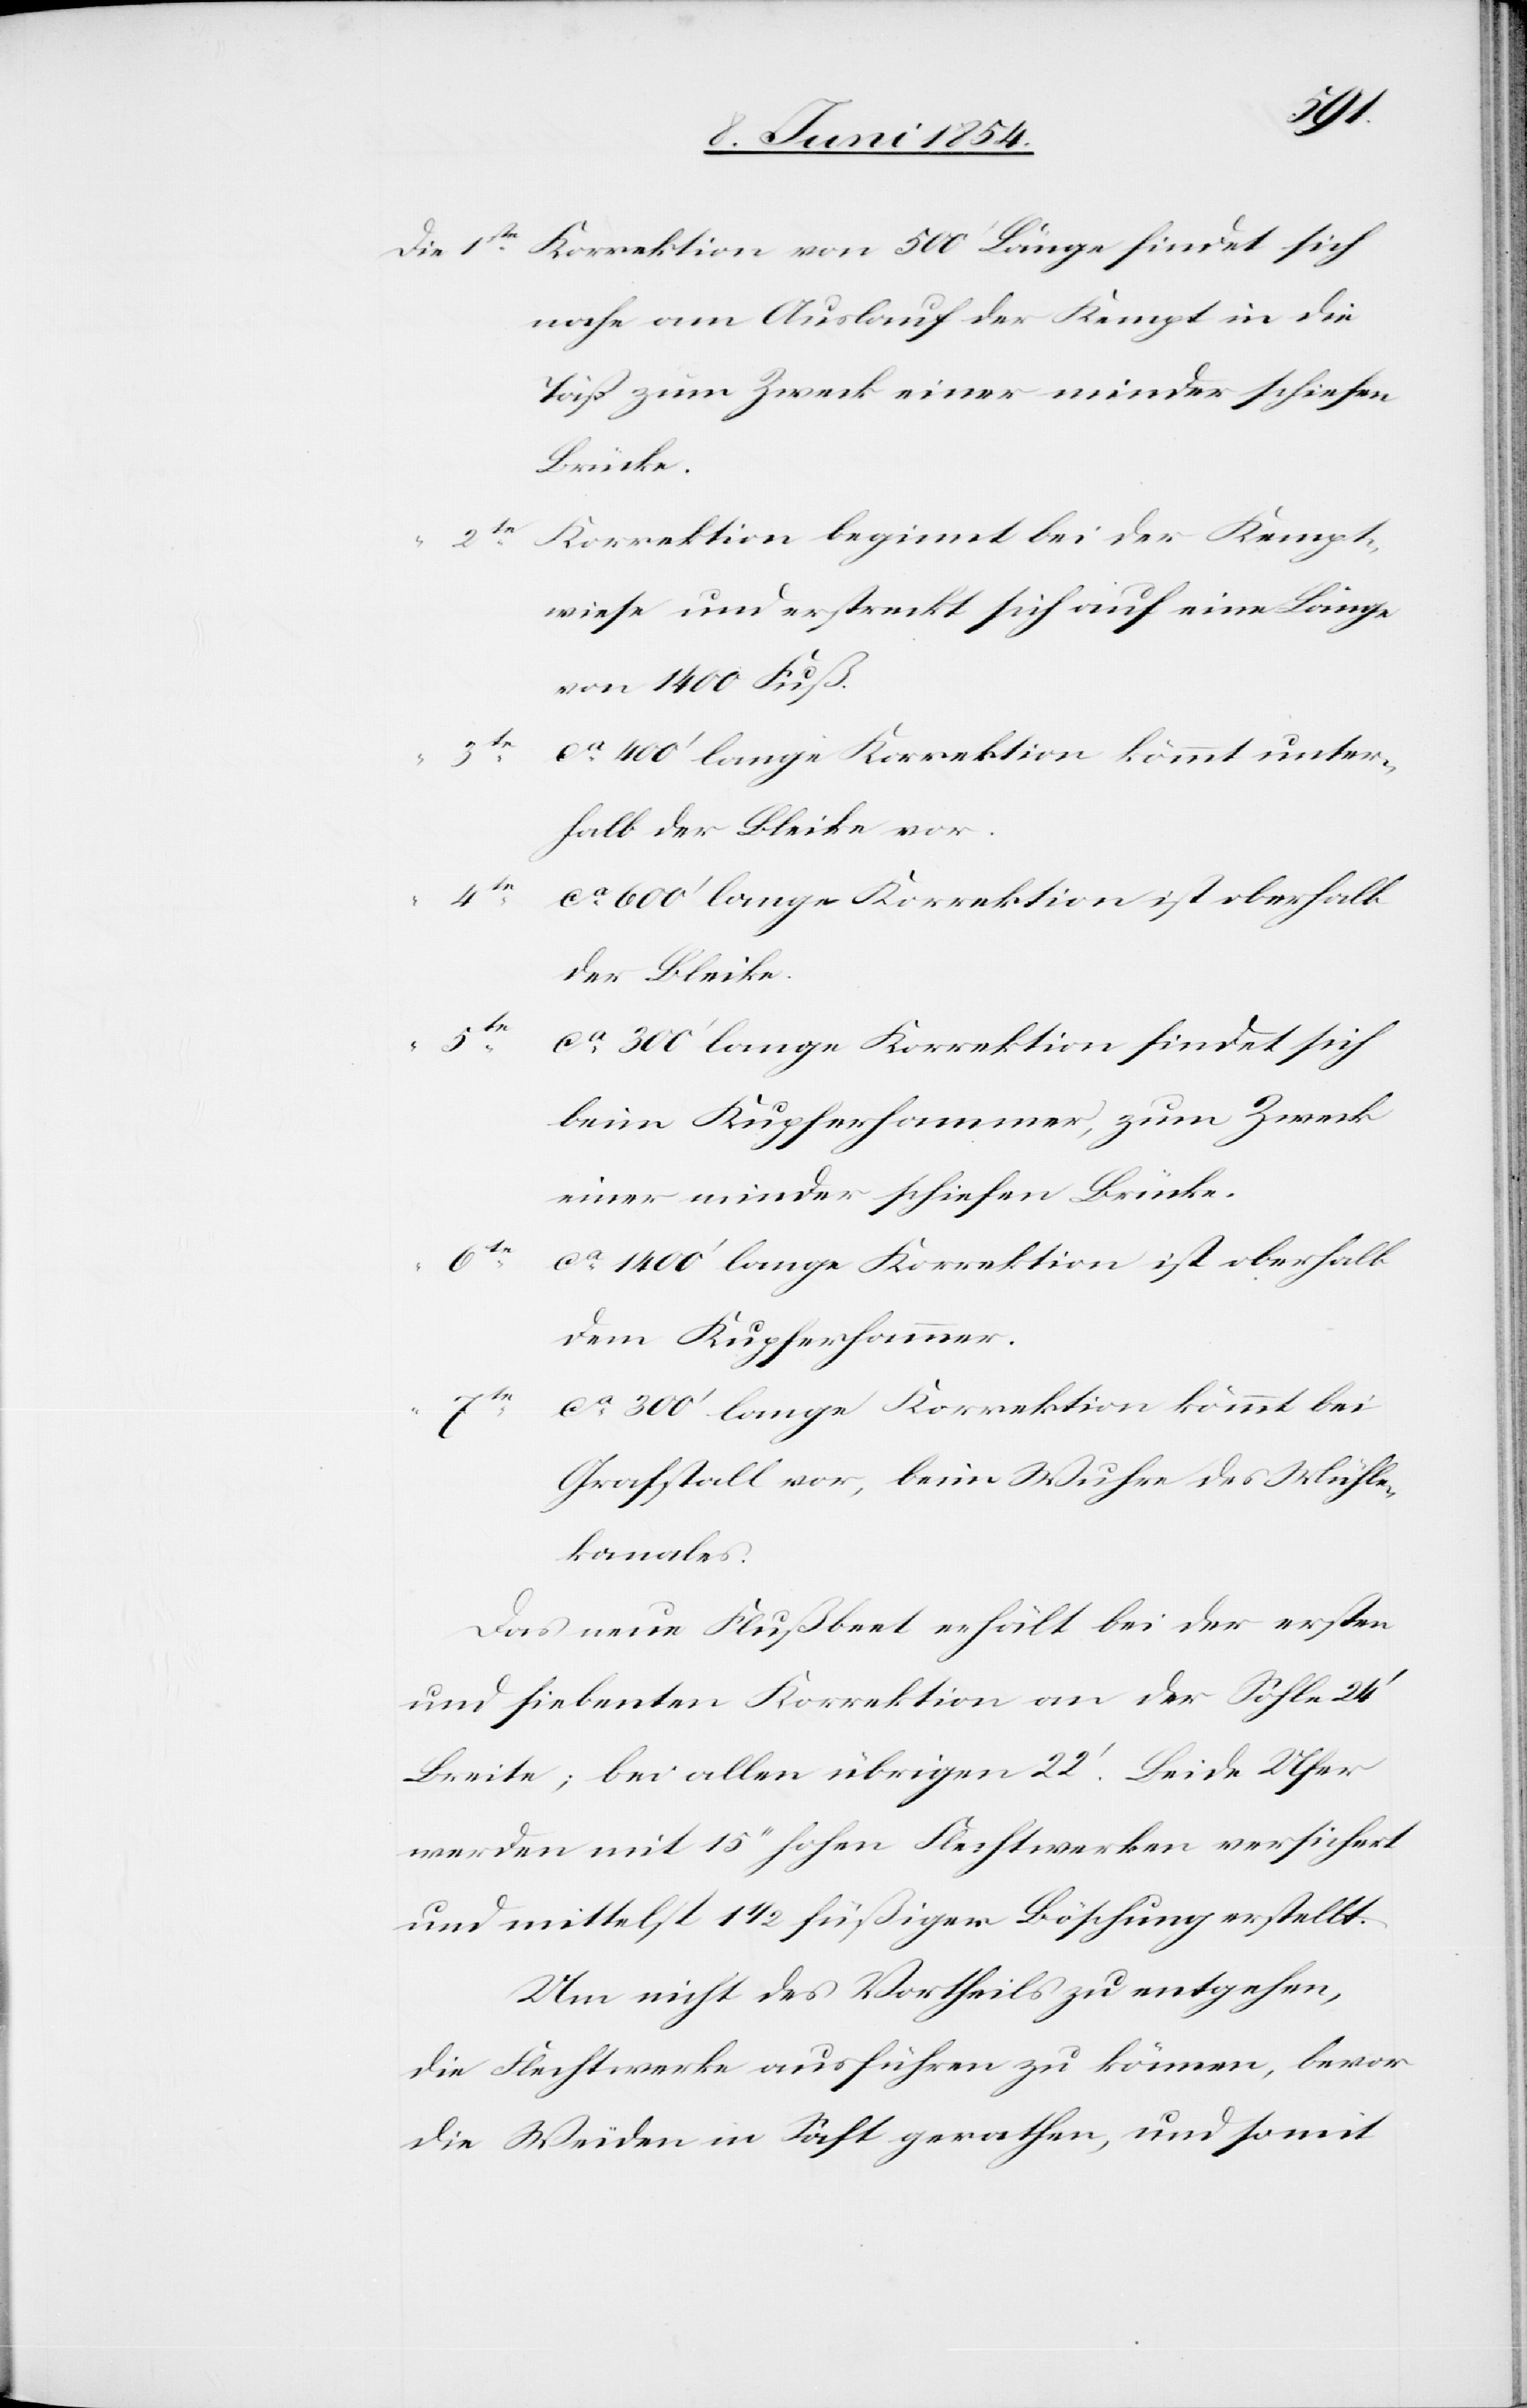
4te
Korrektion von 500‘ Länge findet sich
nahe am Auslauf der Kempt in die
Töß zum Zweck einer minder schiefen
Brücke.
2te
Korrektion beginnt bei der Kempt¬
“
wiese und erstreckt sich auf eine Länge
von 1400 Fuß
3te
ca 400‘ lange Korrektion kömmt unter¬
halb der Bleike vor.
ca 1400‘ lange Korrektion ist oberhalb
der Bleike.
ca 300‘ lange Korrektion findet sich
beim Kupferhammer, zum Zweck
einer minder schiefen Brücke.
dem Kupferhammer.
ca 300‘ lange Korrektion kömmt bei
Grafstall vor, beim Wuhre des Mühle¬
kanales.
Das neue Flußbeet erhält bei der ersten
und siebenten Korrektion an der Sohle 24‘
Breite; bei allen übrigen 22‘. Beide Ufer
werden mit 15‘‘ hohen Flechtwerken versichert
und mittelst 1 1/2 füßiger Böschung erstellt.
Um nicht des Vortheils zu entgehen,
die Flechtwerke ausführen zu können, bevor
die Weiden in Saft gerathen, und somit